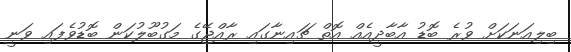
ބިލިއަނަކަށް ވުރެ ބޮޑު އާބާދީއެއް އޮތް ޗައިނާގައި ރާއްޖޭގެ މަގުބޫލުކަން ބޮޑުވެފައި ވަނީ